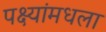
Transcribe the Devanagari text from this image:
पक्ष्यांमधला